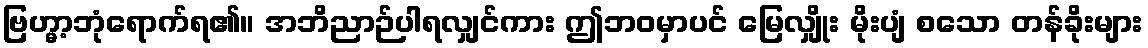
ဗြဟ္မာ့ဘုံရောက်ရ၏။ အဘိညာဉ်ပါရလျှင်ကား ဤဘဝမှာပင် မြေလျှိုး မိုးပျံ စသော တန်ခိုးများ